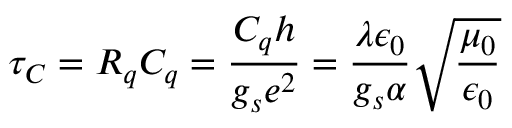
\tau _ { C } = R _ { q } C _ { q } = \frac { C _ { q } h } { g _ { s } e ^ { 2 } } = \frac { \lambda \epsilon _ { 0 } } { g _ { s } \alpha } \sqrt { \frac { \mu _ { 0 } } { \epsilon _ { 0 } } }